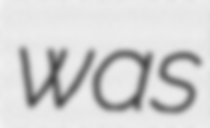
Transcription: was